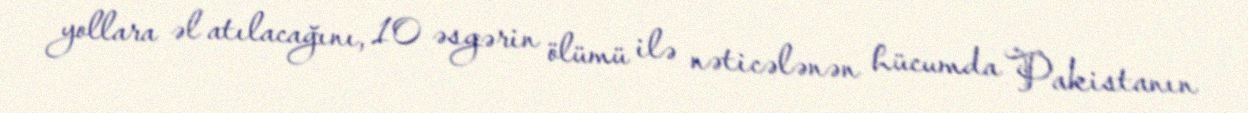
yollara əl atılacağını, 10 əsgərin ölümü ilə nəticələnən hücumda Pakistanın